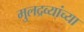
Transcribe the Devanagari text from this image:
मुलद्रव्यांच्या